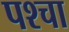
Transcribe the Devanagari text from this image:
पश्चा